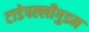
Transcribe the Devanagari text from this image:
टाडेपल्लीगुडम